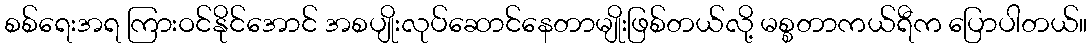
စစ်ရေးအရ ကြားဝင်နိုင်အောင် အစပျိုးလုပ်ဆောင်နေတာမျိုးဖြစ်တယ်လို့ မစ္စတာကယ်ရီက ပြောပါတယ်။